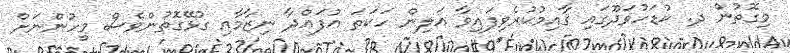
މިގޮތުން ދ. ކުޑަހުވަދޫގައި ޤާއިމުކުރެވިފައިވާ އަލިން ހަކަތަ އުފައްދާ ނިޒާމާއި ގުޅޭގޮތުންވެސް މީހުންނަށް